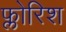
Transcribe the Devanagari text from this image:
फ्लोरिश